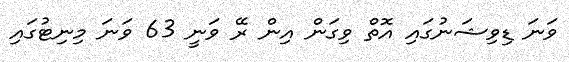
ވަނަ ޑިވިޝަނުގައި އޮތް ވިގަން އިން ރޭ ވަނީ 63 ވަނަ މިނިޓުގައި